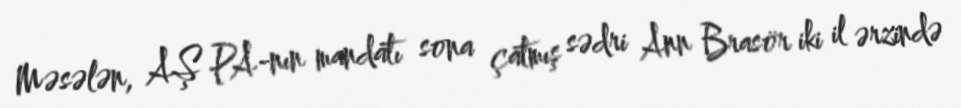
Məsələn, AŞ PA-nın mandatı sona çatmış sədri Ann Brasör iki il ərzində